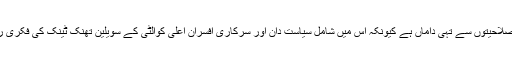
دوسری بات یہ کہ کمیٹی ذہنی صلاحیتوں سے تہی داماں ہے کیونکہ اس میں شامل سیاست دان اور سرکاری افسران اعلیٰ کوالٹی کے سویلین تھنک ٹینک کی فکری رہنمائی سے استفادہ نہیں کرتے ۔